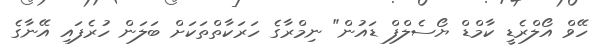
ހޭވް އޯލްރެޑީ ކާމްޑް ޔޯސެލްފް ޑައުން" ނިމްރާގެ ހަރަކާތްތަކަށް ބަލަން ހުރެފައި އޭނާގެ